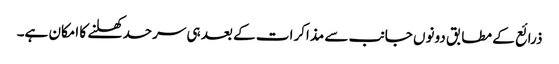
ذرائع کے مطابق دونوں جانب سے مذاکرات کے بعد ہی سرحد کھلنے کا امکان ہے۔